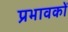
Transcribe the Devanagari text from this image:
प्रभावकों